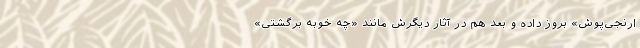
ارنجی‌پوش» بروز داده و بعد هم در آثار دیگرش مانند «چه خوبه برگشتی»